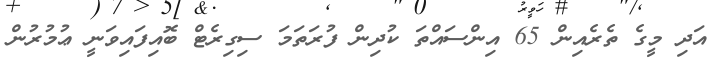
އަދި މީގެ ތެރެއިން 65 އިންސައްތަ ކުދިން ފުރަތަމަ ސިގިރެޓް ބޮއިފައިވަނީ ޢުމުރުން